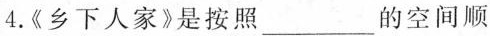
4.《乡下人家》是按照___的空间顺